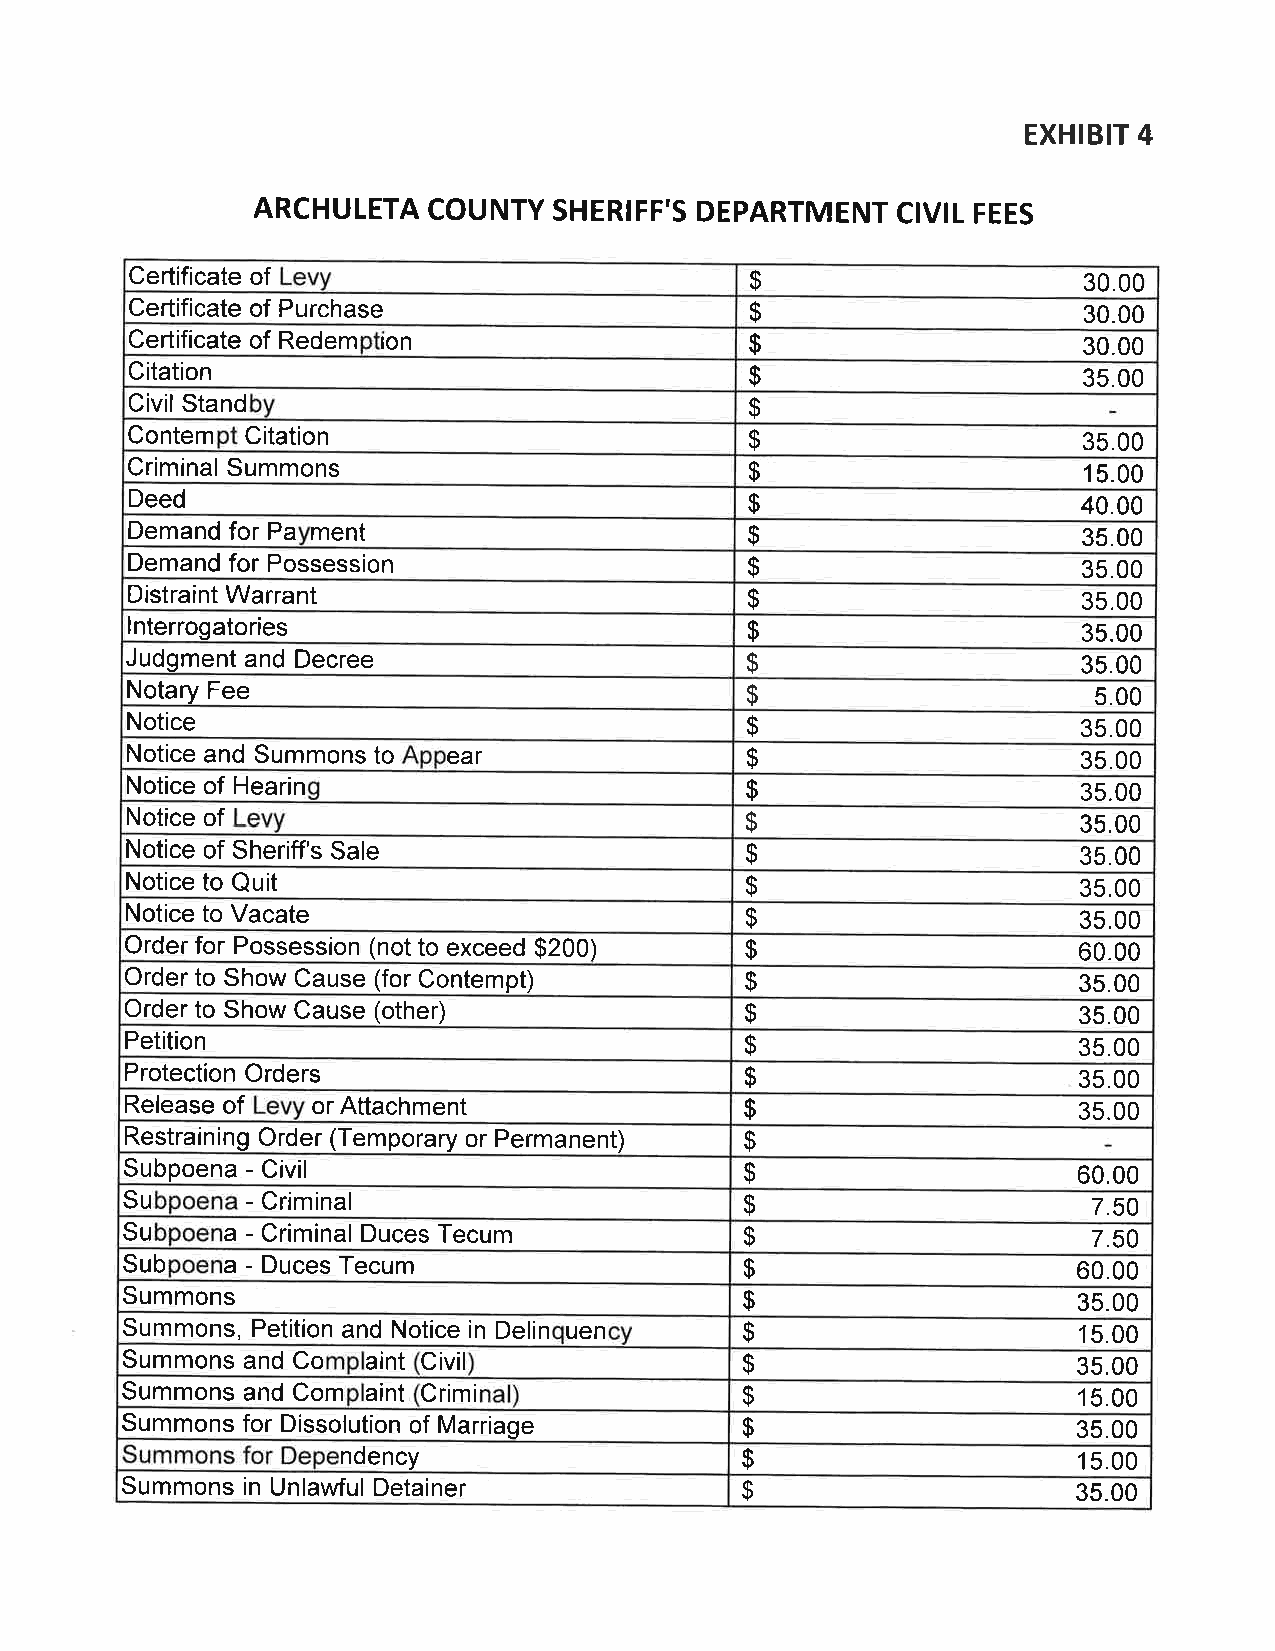
EXHIBIT 4
 ARCHULETA  COUNTY   SHERIFF'S DEPARTMENT  CIVIL FEES
 Certificate of
 $                     30.00
 Certificate of Purchase                  $                     30.00
 Certificate of Redem ton                 $                     30.00
 Citation
 $                     35.00
 Civil Stand
 $
 Contem Citation
 $                     35.00
 Criminal Summons
 $                     15.00
 Deed                                     $                     40.00
 Demand for Pa ment                       $                     35.00
 Demand for Possession                    $                     35.00
 Distraint Warrant
 $                     35.00
 lnterrogatories
 $                     35.00
 Judgment and Decree                       $                     35.00
 Notary Fee
 $                       5.00
 Notice
 $                      35.00
 Notice and Summons to ear                $                      35.00
 Notice of Hearin
 $                      35.00
 Notice of
 $                      35.00
 Notice of Sheriff's Sale                 $                      35.00
 Notice to Quit
 $                      35.00
 Notice to Vacate                         $                      35.00
 Order for Possession (not to exceed $200) $                    60.00
 Order to Show Cause (for Contempt)       $                      35.00
 Order to Show Cause (other)              $                      35.00
 Petition
 $                     35.00
 Protection Orders
 $                     35.00
 Release of   or Attachment               $                     35.00
 Restraining Order (Temporary or Permanent)
 $
 Subpoena - Civil                         $                     60.00
 Su      - Criminal                       $                      7.50
 Su     a - Criminal Duces Tecum          $                      7.50
 Sub    a - Duces Tecum                   $                     60.00
 Summons
 $                     35.00
 Summons, Petition and Notice in Delin uen $                    15.00
 Summons and Co  aint Civil               $                     35.00
 Summons and Com aint Crimi               $                     15.00
 Summons for Dissolution of Marriage      $                     35.00
 Summons for Dependency
 $                     15.00
 Summons in UnlaMul Detainer              $                     35.00